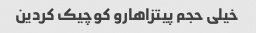
خیلی حجم پیتزاهارو کوچیک کردین